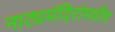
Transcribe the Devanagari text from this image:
नाट्यमंदिरांमधील